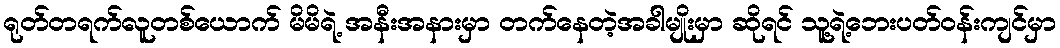
ရုတ်တရက်လူတစ်ယောက် မိမိရဲ့ အနီးအနားမှာ တက်နေတဲ့အခါမျိုးမှာ ဆိုရင် သူ့ရဲ့ဘေးပတ်ဝန်းကျင်မှာ